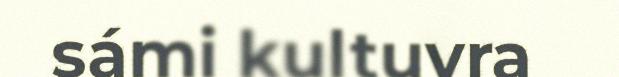
sámi kultuvra